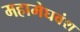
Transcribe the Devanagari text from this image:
महामेघवंश